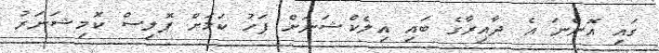
ގައި އޮންނަ އެ ދާއިރާގެ ބައި އިލެކްޝަނަށް ފަހު ކަމަށް ޕޮލިސް ކޮމިޝަނަރު